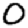
Digit: 0